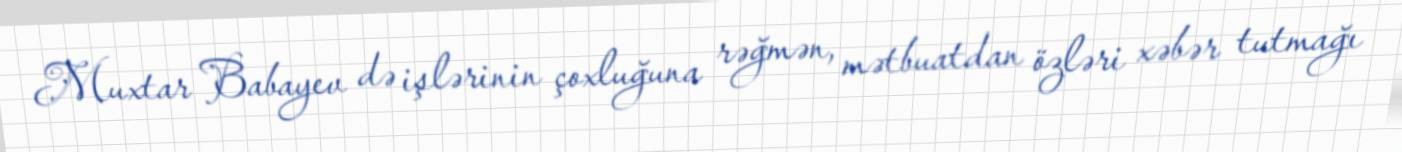
Muxtar Babayev də işlərinin çoxluğuna rəğmən, mətbuatdan özləri xəbər tutmağı